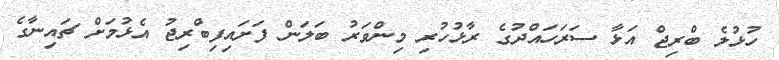
ހުޅުލެ ބްރިޖް އަޅާ ސަރަހައްދުގެ ރާޅުހުރި މިންވަރު ބަލަން ފަށައިފިބްރިޖު އެޅުމަށް ޗައިނާގެ